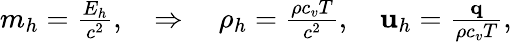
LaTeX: \begin{array}{r}{m_{h}=\frac{E_{h}}{c^{2}},\quad\Rightarrow\quad\rho_{h}=\frac{\rho c_{v}T}{c^{2}},\quad\mathbf u_{h}=\frac{\mathbf q}{\rho c_{v}T},}\end{array}